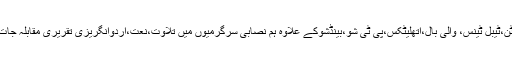
اس دوران کرکٹ،ہاکی،فٹ بال، بیڈمنٹن،ٹیبل ٹینس، والی بال،اتھلیٹکس،پی ٹی شو،بینڈشوکے علاوہ ہم نصابی سرگرمیوں میں تلاوت،نعت،اردوانگریزی تقریری مقابلہ جات اور مقابلہ مصوری منعقد کیے گئے۔